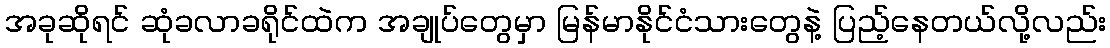
အခုဆိုရင် ဆုံခလာခရိုင်ထဲက အချုပ်တွေမှာ မြန်မာနိုင်ငံသားတွေနဲ့ ပြည့်နေတယ်လို့လည်း